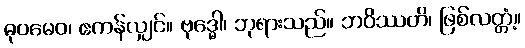
ဓုဝမေဝ၊ ဧကန်လျှင်။ ဗုဒ္ဓေါ၊ ဘုရားသည်။ ဘဝိဿတိ၊ ဖြစ်လတ္တံ့။